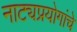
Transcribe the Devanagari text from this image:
नाट्यप्रयोगांचे